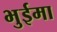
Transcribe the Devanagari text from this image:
भुईमा